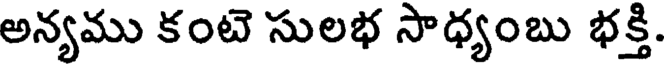
అన్యము కంటె సులభ సాధ్యంబు భక్తి.